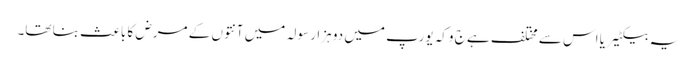
یہ بیکٹیریا اس سے مختلف ہے ج وکہ یورپ میں دو ہزار سولہ میں آنتوں کے مرض کا باعث بنا تھا۔